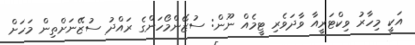
އަކީ މިހާރު ވިކްޓަރީއާ ވާދަވެރި ޓީމެއް ނޫން: ސުޒޭންމޯހަންގެ ރައްދު ސުޒޭނަށްތިން މަހަށް